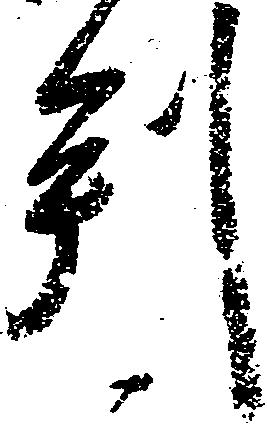
判